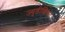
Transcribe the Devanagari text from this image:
ज्युडीशियल